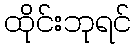
ထိုင်းဘုရင်